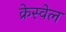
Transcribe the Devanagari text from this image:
क्रेस्वेल